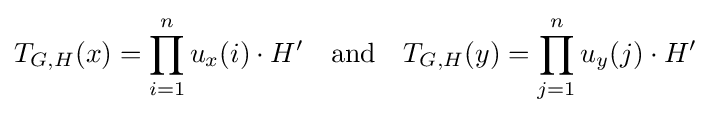
T_{G,H}(x)=\prod _{i=1}^{n}u_{x}(i)\cdot H'\quad {\text{and}}\quad T_{G,H}(y)=\prod _{j=1}^{n}u_{y}(j)\cdot H'